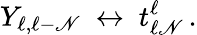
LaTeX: Y_{\ell,\ell-\mathscr{N}}\ \leftrightarrow\ t_{\ell\mathscr{N}}^{\ell}\, .